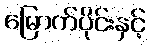
မြောက်ပိုင်းနှင့်